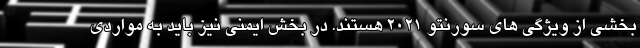
بخشی از ویژگی های سورنتو 2021 هستند. در بخش ایمنی نیز باید به مواردی